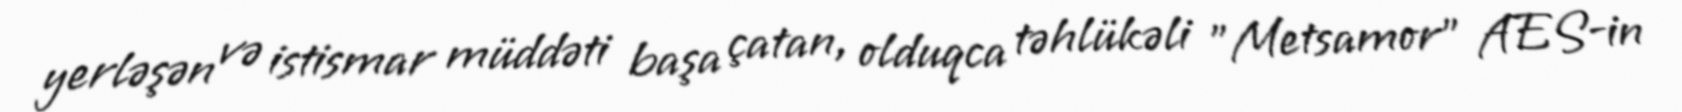
yerləşən və istismar müddəti başa çatan, olduqca təhlükəli "Metsamor" AES-in